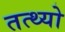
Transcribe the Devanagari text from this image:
तत्थ्यो